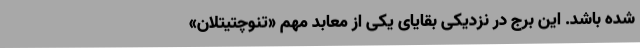
شده باشد. این برج در نزدیکی بقایای یکی از معابد مهم «تنوچتیتلان»